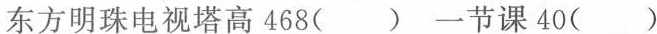
东方明珠电视塔高468( )一节课40( )